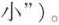
小”)。